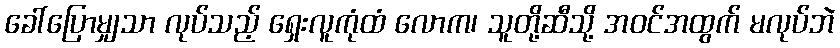
ခေါ်ပြောမျှသာ လုပ်သည့် ရှေးလူကုံထံ လောက၊ သူတို့ဆီသို့ အဝင်အထွက် မလုပ်ဘဲ